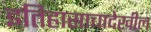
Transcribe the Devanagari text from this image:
इतिहासाचादेखील